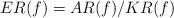
LaTeX: \begin{align*} ER(f)=AR(f)/KR(f)\end{align*}